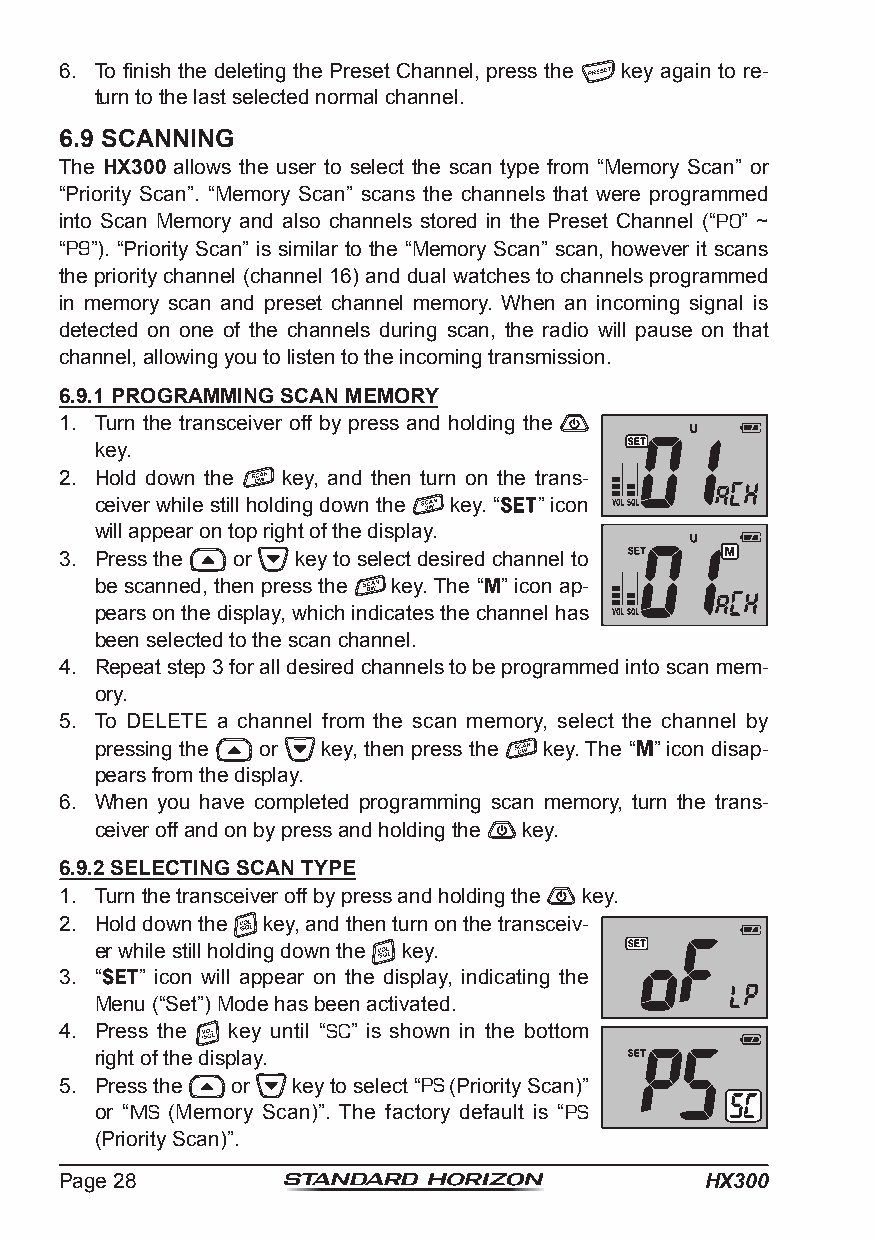
6. To finish the deleting the Preset Channel, press the key again to re-
 turn to the last selected normal channel.
 6.9 SCANNING
 The HX300 allows the user to select the scan type from “Memory Scan” or
 “Priority Scan”. “Memory Scan” scans the channels that were programmed
 into Scan Memory and also channels stored in the Preset Channel (“P0” ~
 “P9”). “Priority Scan” is similar to the “Memory Scan” scan, however it scans
 the priority channel (channel 16) and dual watches to channels programmed
 in memory scan and preset channel memory. When an incoming signal is
 detected on one of the channels during scan, the radio will pause on that
 channel, allowing you to listen to the incoming transmission.
 6.9.1 PROGRAMMING SCAN MEMORY
 1. Turn the transceiver off by press and holding the
 key.
 2. Hold down the key, and then turn on the trans-
 ceiver while still holding down the key. “ ” icon
 will appear on top right of the display.
 3. Press the or key to select desired channel to
 be scanned, then press the key. The “ ” icon ap-
 pears on the display, which indicates the channel has
 been selected to the scan channel.
 4. Repeat step 3 for all desired channels to be programmed into scan mem-
 ory.
 5. To DELETE a channel from the scan memory, select the channel by
 pressing the or key, then press the key. The “ ” icon disap-
 pears from the display.
 6. When you have completed programming scan memory, turn the trans-
 ceiver off and on by press and holding the key.
 6.9.2 SELECTING SCAN TYPE
 1. Turn the transceiver off by press and holding the key.
 2. Hold down the key, and then turn on the transceiv-
 er while still holding down the key.
 3. “ ” icon will appear on the display, indicating the
 Menu (“Set”) Mode has been activated.
 4. Press the key until “SC” is shown in the bottom
 right of the display.
 5. Press the or key to select “PS (Priority Scan)”
 or “MS (Memory Scan)”. The factory default is “PS
 (Priority Scan)”.
 Page 28                                    HX300